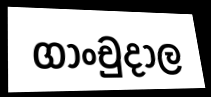
ගාංචුදාල